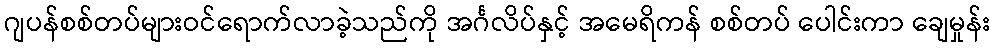
ဂျပန်စစ်တပ်များဝင်ရောက်လာခဲ့သည်ကို အင်္ဂလိပ်နှင့် အမေရိကန် စစ်တပ် ပေါင်းကာ ချေမှုန်း